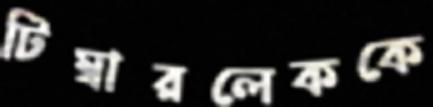
টিম্বারলেককে